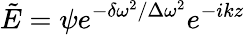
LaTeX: \tilde{E}=\psi e^{-\delta\omega^{2}/\Delta\omega^{2}}e^{-ikz}